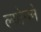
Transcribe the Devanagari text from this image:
ल्योनने